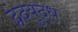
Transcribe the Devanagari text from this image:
द्वंदयुद्ध